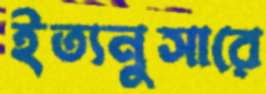
ইত্যনুসারে